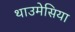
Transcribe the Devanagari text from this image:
थाउमेसिया